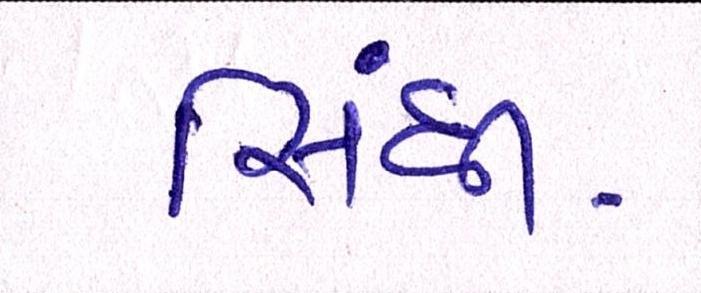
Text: સિંધી